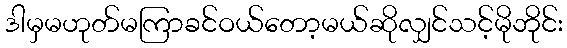
ဒါမှမဟုတ်မကြာခင်ဝယ်တော့မယ်ဆိုလျှင်သင့်မိုဘိုင်း